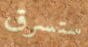
ستسرق